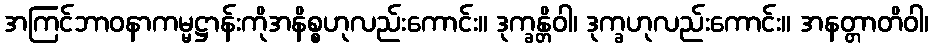
အကြင်ဘာဝနာကမ္မဋ္ဌာန်းကိုအနိစ္စဟုလည်းကောင်း။ ဒုက္ခန္တိဝါ၊ ဒုက္ခဟုလည်းကောင်း။ အနတ္တာတိဝါ၊